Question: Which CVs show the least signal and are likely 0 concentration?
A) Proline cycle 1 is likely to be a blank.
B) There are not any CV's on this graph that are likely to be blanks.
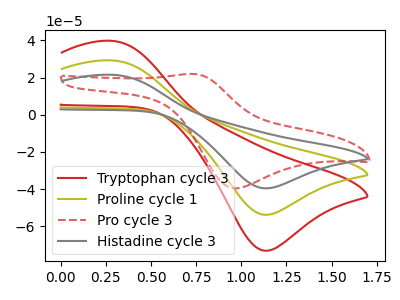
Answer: <think>The red curve "Tryptophan cycle 3" has an anodic peak at (0.30V, 58.35uA) and a cathodic peak at (1.15V, -107.50uA). The olive curve "Proline cycle 1" has an anodic peak at (0.30V, 29.15uA) and a cathodic peak at (1.15V, -53.75uA). The red dashed curve "Pro cycle 3" has an anodic peak at (0.75V, 21.95uA) and a cathodic peak at (0.95V, -39.55uA). The gray curve "Histadine cycle 3" has an anodic peak at (0.30V, 21.45uA) and a cathodic peak at (1.15V, -39.55uA).</think>
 <answer>B) There are not any CV's on this graph that are likely to be blanks.</answer>
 <eval>B</eval>